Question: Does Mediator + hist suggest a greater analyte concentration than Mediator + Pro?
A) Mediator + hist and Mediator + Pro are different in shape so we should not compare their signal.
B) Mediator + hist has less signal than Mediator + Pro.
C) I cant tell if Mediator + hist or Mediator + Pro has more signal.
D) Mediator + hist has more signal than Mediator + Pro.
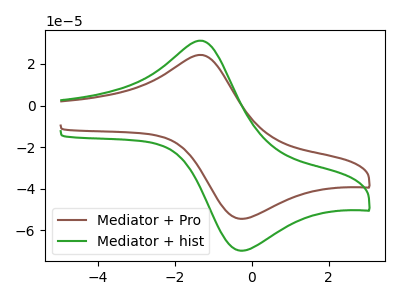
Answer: <think>The brown curve "Mediator + Pro" has an anodic peak at (-1.30V, 24.30uA) and a cathodic peak at (-0.25V, -54.45uA). The green curve "Mediator + hist" has an anodic peak at (-1.30V, 31.15uA) and a cathodic peak at (-0.25V, -69.80uA).
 All the peaks in "Mediator + hist" have a peak in "Mediator + Pro" at the same potential. Every peak in "Mediator + hist" is higher than every peak in "Mediator + Pro".</think>
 <answer>D) "Mediator + hist" has more signal than "Mediator + Pro".</answer>
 <eval>D</eval>